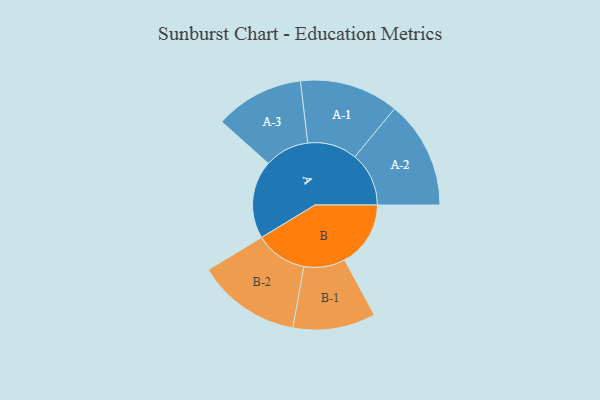
{"axis": {"x": "Segment", "y": "Value"}, "legend": ["", "A", "B"], "data": [{"x": "A", "y": 418, "type": ""}, {"x": "B", "y": 353, "type": ""}, {"x": "A-1", "y": 265, "type": "A"}, {"x": "A-2", "y": 289, "type": "A"}, {"x": "A-3", "y": 238, "type": "A"}, {"x": "B-1", "y": 221, "type": "B"}, {"x": "B-2", "y": 278, "type": "B"}]}